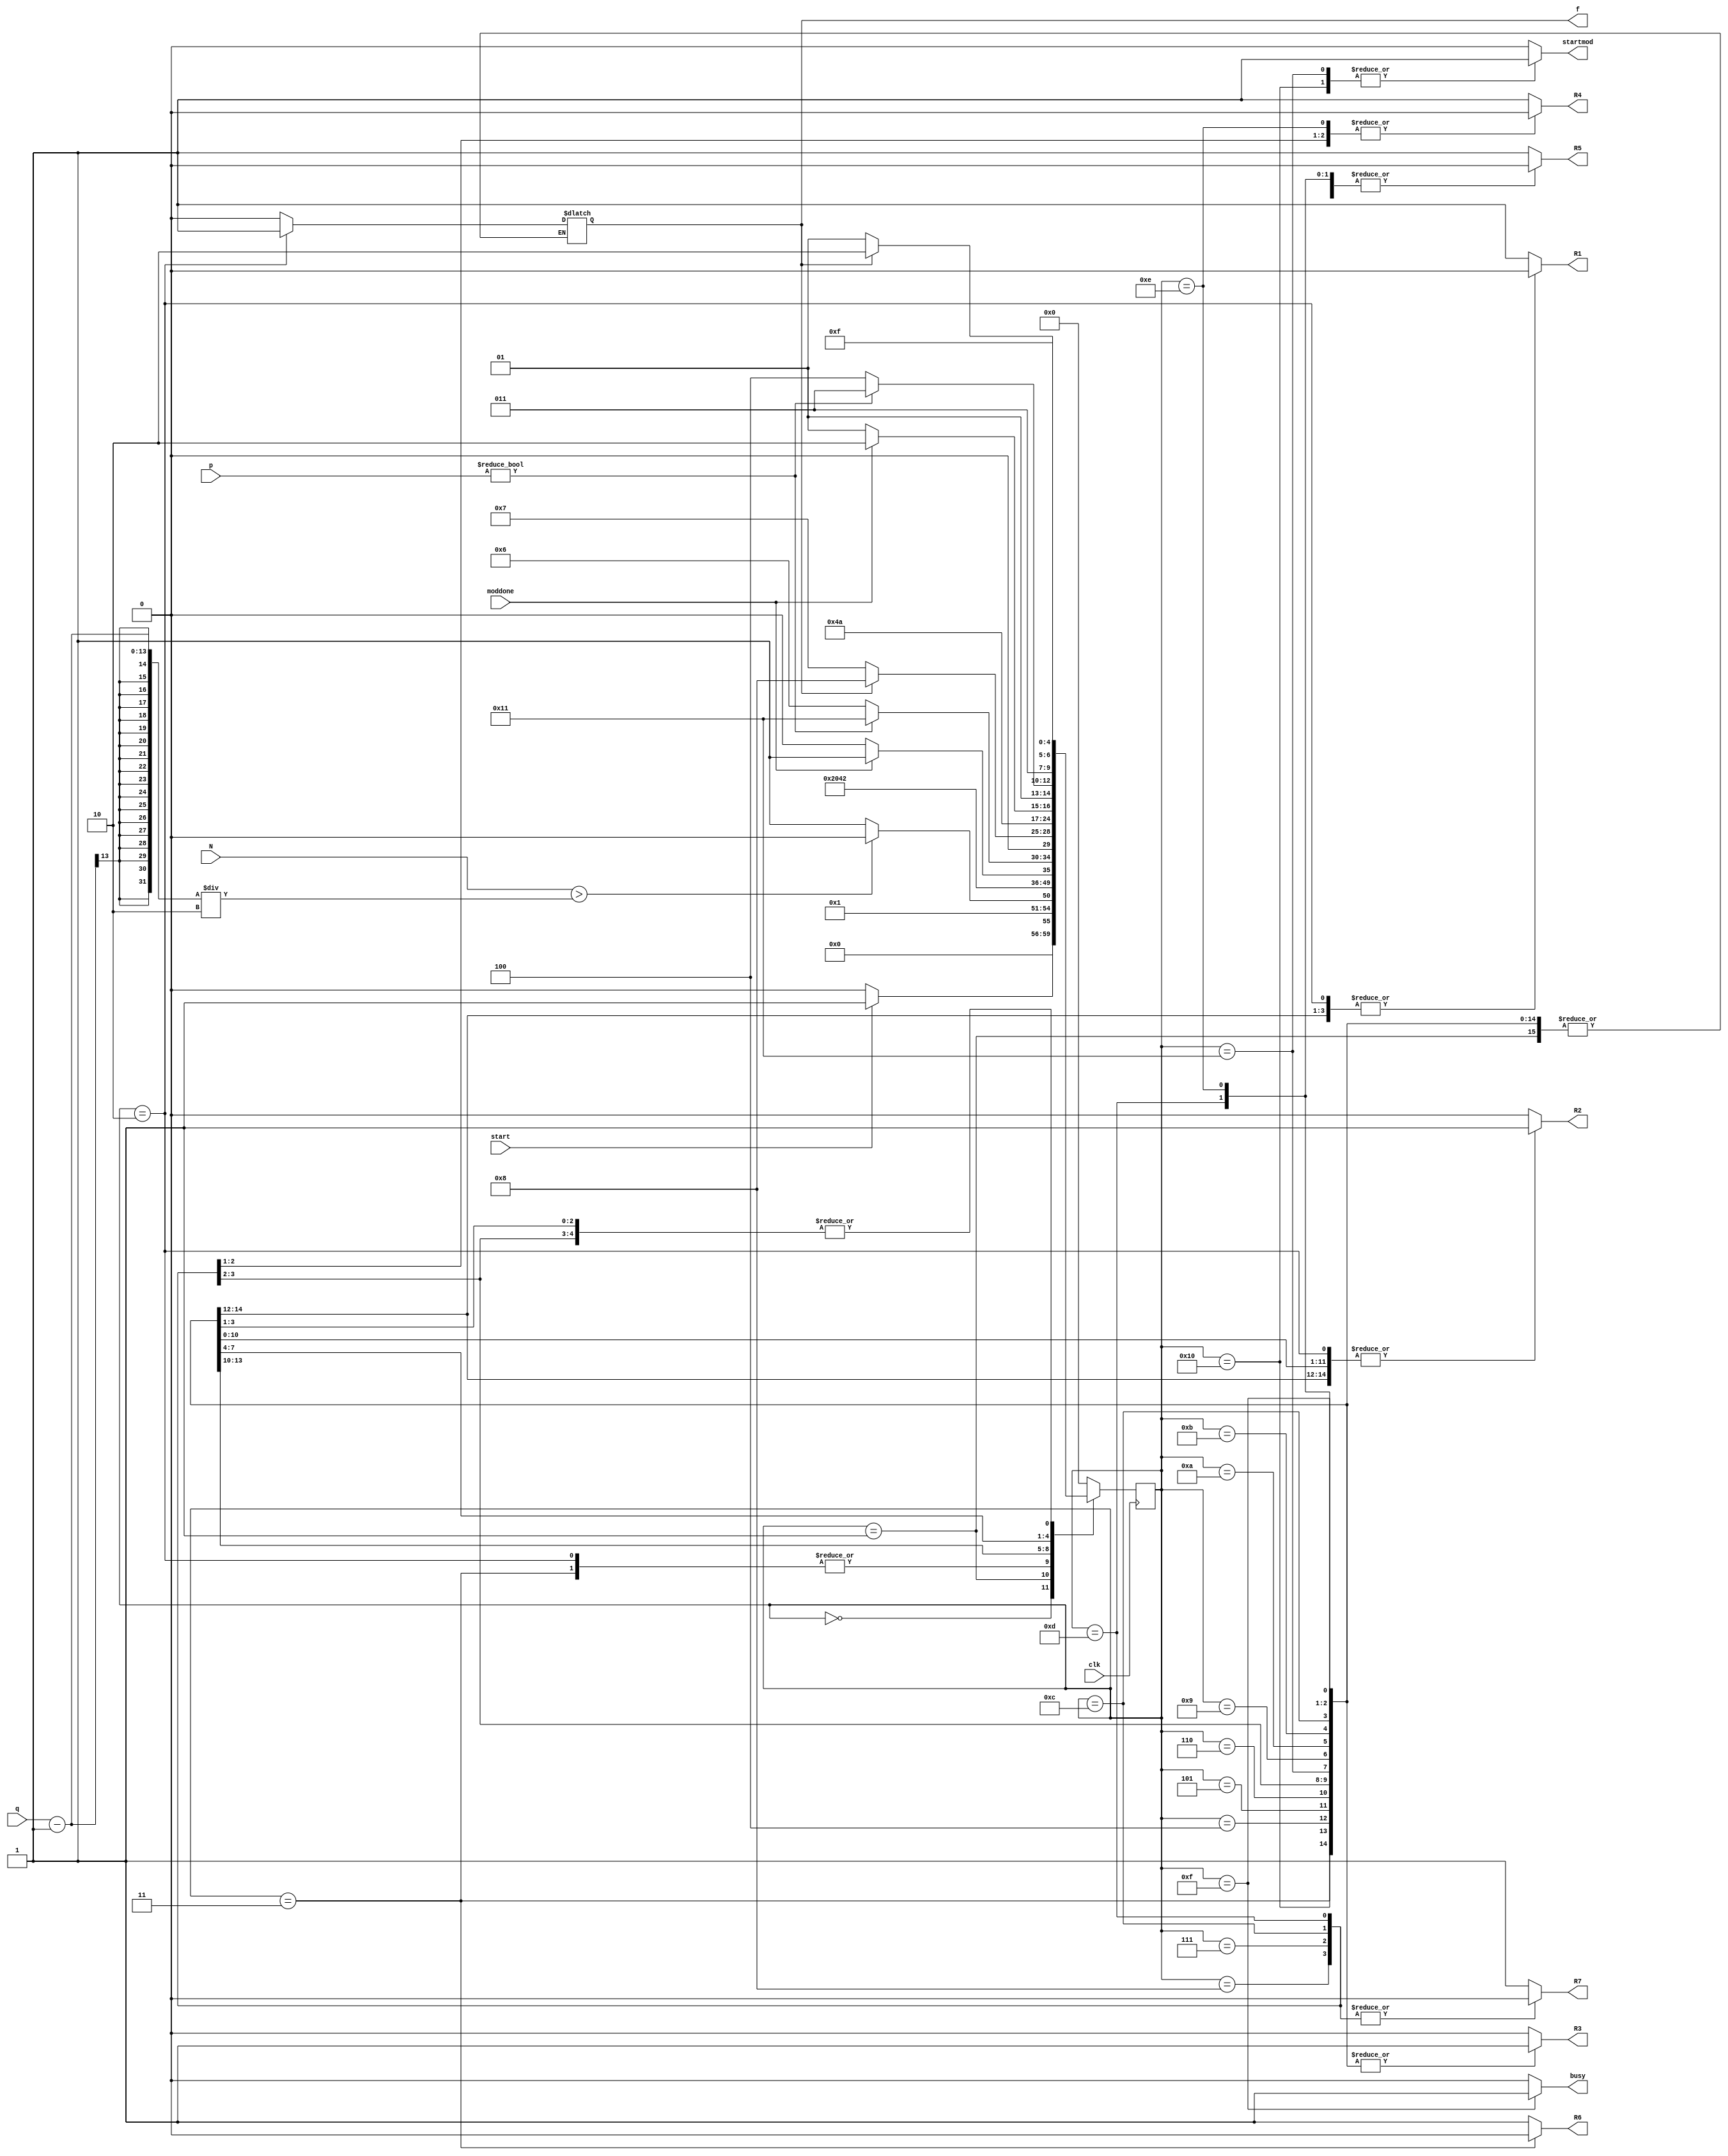
`timescale 1ns / 1ps
//////////////////////////////////////////////////////////////////////////////////
// Company: 
// Engineer: 
// 
// Design Name: 
// Module Name: Round_poly_FSM
// Project Name: 
// Target Devices: 
// Tool Versions: 
// Description: 
// 
// Dependencies: 
// 
// Revision:
// Revision 0.01 - File Created
// Additional Comments:
// 
//////////////////////////////////////////////////////////////////////////////////


module Round_poly_FSM(
    input clk,
    input start,
    input moddone,
    input [12:0] N,
    input [12:0]q,
    input [12:0] p,    
    output reg R1, R2, R3, R4, R5, R6,R7,f,
    output reg busy, startmod
    );
    
    parameter Inicio  = 5'b00000;
    parameter preg1 =5'b00001;
    parameter D1= 5'b00010;
    parameter D2= 5'b00011;
    parameter temp=5'b10000;
    parameter temp2=5'b10001;
    parameter mod1=5'b00100;
    parameter as1=5'b00101;
    parameter ch1 = 5'b00110;
    parameter sa1 = 5'b00111;
    parameter sa4 = 5'b01000;
    parameter mod2 = 5'b01001;
    parameter preg2 = 5'b01010;
    parameter ch2 = 5'b01011;
    parameter sa2 = 5'b01100;
    parameter sa3 = 5'b01101;
    parameter sa5 = 5'b01110;
    parameter salida = 5'b01111;


    reg [4:0] presente = Inicio; // Registro de Estado - Valor inicial
    reg [4:0] futuro;            // Entrada del registro de Estado

    // Registro de estado 
    always @(posedge clk)
        presente <= futuro;

    // Lgica del estado siguiente
    always @(presente, N, q, p, f,start, moddone)
        case (presente)
            Inicio :
                if(start)
                    futuro <= preg1;            
                else
                    futuro <= Inicio;
            preg1:
                if(N>(q-1)/2)
                    futuro <= D1;                  
                else
                    futuro <= D2;
            D1:
                futuro <= temp;
            D2:
                futuro<= temp;
            temp:
                futuro <=mod1;           
            mod1:
                if(moddone)
                    futuro <= as1;
                else
                    futuro <= mod1;               
            as1:
                if(p!=0)
                    futuro <= temp2;
                else
                    futuro <= ch1;
            ch1:
                if(f)
                    futuro <= sa4;
                else
                    futuro <= sa1;
            sa1:
                futuro <= salida;
            sa4:
                futuro <= salida;
            temp2:
                futuro <= mod2;
            mod2:
                if(moddone)
                    futuro <= preg2;             
                else
                    futuro <= mod2; 
            preg2:
                if(p!=0)
                    futuro <= ch2;              
                else
                    futuro <= sa2;
            ch2:
                if(f)
                    futuro <= sa5;
                else
                    futuro <= sa3;
            sa3:
                futuro <= salida;
            sa2:
                futuro <= salida;
            sa5:
                futuro <= salida;
            salida:
                futuro <= Inicio;
            default:
                futuro <= Inicio;
        endcase
    
    // Lgica de salida
    always @(presente)
        case (presente)
            Inicio : begin
                R1 <= 1'b1;
                R2 <= 1'b0;
                R3 <= 1'b0;
                R4 <= 1'b1;
                R5 <= 1'b1;
                R6 <= 1'b1;
                R7 <= 1'b1;
                busy <= 1'b0;
                f <= 1'b0;
                startmod <=1'b0; 
            end
            preg1 : begin
                R1 <= 1'b1;
                R2 <= 1'b0;
                R3 <= 1'b0;
                R4 <= 1'b1;
                R5 <= 1'b1;
                R6 <= 1'b1;
                R7 <= 1'b1;
                busy <= 1'b0;
                f <= f;
                startmod <=1'b0; 
            end
            D1: begin
                R1 <= 1'b0;
                R2 <= 1'b1;
                R3 <= 1'b0;
                R4 <= 1'b1;
                R5 <= 1'b1;
                R6 <= 1'b1;
                R7 <= 1'b1;
                busy <= 1'b0;
                f <= 1'b1;
                startmod <=1'b0; 
            end
            D2: begin
                R1 <= 1'b0;
                R2 <= 1'b1;
                R3 <= 1'b1;
                R4 <= 1'b1;
                R5 <= 1'b1;
                R6 <= 1'b0;
                R7 <= 1'b1;
                busy <= 1'b0;
                f <= f;
                startmod <=1'b0;
            end
            temp: begin
                R1 <= 1'b0;
                R2 <= 1'b1;
                R3 <= 1'b1;
                R4 <= 1'b1;
                R5 <= 1'b1;
                R6 <= 1'b1;
                R7 <= 1'b1;
                busy <= 1'b0;
                f <= f;
                startmod <=1'b1;
            end  
            mod1: begin
                R1 <= 1'b0;
                R2 <= 1'b1;
                R3 <= 1'b1;
                R4 <= 1'b1;
                R5 <= 1'b1;
                R6 <= 1'b1;
                R7 <= 1'b1;
                busy <= 1'b0;
                f <= f;
                startmod <=1'b0; 
            end
            as1: begin
                R1 <= 1'b1;
                R2 <= 1'b0;
                R3 <= 1'b1;
                R4 <= 1'b1;
                R5 <= 1'b1;
                R6 <= 1'b1;
                R7 <= 1'b1;
                busy <= 1'b0;
                f <= f;
                startmod <=1'b0; 
            end            
            ch1: begin
                R1 <= 1'b1;
                R2 <= 1'b1;
                R3 <= 1'b1;
                R4 <= 1'b1;
                R5 <= 1'b1;
                R6 <= 1'b1;
                R7 <= 1'b1;
                busy <= 1'b0;
                f <= f;
                startmod <=1'b0; 
            end
            sa4: begin
                R1 <= 1'b1;
                R2 <= 1'b1;
                R3 <= 1'b1;
                R4 <= 1'b1;
                R5 <= 1'b1;
                R6 <= 1'b1;
                R7 <= 1'b0;
                busy <= 1'b0;
                f <= f;
                startmod <=1'b0; 
            end
            sa1: begin
                R1 <= 1'b1;
                R2 <= 1'b1;
                R3 <= 1'b1;
                R4 <= 1'b0;
                R5 <= 1'b0;
                R6 <= 1'b1;
                R7 <= 1'b0;
                busy <= 1'b0;
                f <= f;
                startmod <=1'b0; 
            end
            temp2: begin
                R1 <= 1'b1;
                R2 <= 1'b1;
                R3 <= 1'b1;
                R4 <= 1'b1;
                R5 <= 1'b1;
                R6 <= 1'b1;
                R7 <= 1'b1;
                busy <= 1'b0;
                f <= f;
                startmod <=1'b1;
            end  
            mod2: begin
                R1 <= 1'b1;
                R2 <= 1'b1;
                R3 <= 1'b1;
                R4 <= 1'b1;
                R5 <= 1'b1;
                R6 <= 1'b1;
                R7 <= 1'b1;
                busy <= 1'b0;
                f <= f;
                startmod <=1'b0; 
            end
            preg2: begin
                R1 <= 1'b1;
                R2 <= 1'b1;
                R3 <= 1'b1;
                R4 <= 1'b1;
                R5 <= 1'b1;
                R6 <= 1'b1;
                R7 <= 1'b1;
                busy <= 1'b0;
                f <= f;
                startmod <=1'b0; 
            end
            ch2: begin
                R1 <= 1'b1;
                R2 <= 1'b1;
                R3 <= 1'b1;
                R4 <= 1'b1;
                R5 <= 1'b1;
                R6 <= 1'b1;
                R7 <= 1'b1;
                busy <= 1'b0;
                f <= f;
                startmod <=1'b0;  
            end
            sa2: begin
                R1 <= 1'b1;
                R2 <= 1'b1;
                R3 <= 1'b1;
                R4 <= 1'b0;
                R5 <= 1'b1;
                R6 <= 1'b1;
                R7 <= 1'b0;
                busy <= 1'b0;
                f <= f;
                startmod <=1'b0; 
            end
            sa3: begin
                R1 <= 1'b1;
                R2 <= 1'b1;
                R3 <= 1'b1;
                R4 <= 1'b1;
                R5 <= 1'b0;
                R6 <= 1'b1;
                R7 <= 1'b0;
                busy <= 1'b0;
                f <= f;
                startmod <=1'b0; 
            end
            sa5: begin
                R1 <= 1'b1;
                R2 <= 1'b1;
                R3 <= 1'b1;
                R4 <= 1'b0;
                R5 <= 1'b0;
                R6 <= 1'b1;
                R7 <= 1'b1;
                busy <= 1'b0;
                f <= f;
                startmod <=1'b0; 
            end 
            salida: begin
                R1 <= 1'b1;
                R2 <= 1'b1;
                R3 <= 1'b1;
                R4 <= 1'b1;
                R5 <= 1'b1;
                R6 <= 1'b1;
                R7 <= 1'b1;
                busy <= 1'b1;
                f <= f;
                startmod <=1'b0;
            end 
            default: begin
                R1 <= 1'b1;
                R2 <= 1'b0;
                R3 <= 1'b0;
                R4 <= 1'b1;
                R5 <= 1'b1;
                R6 <= 1'b1;
                R7 <= 1'b1;
                busy <= 1'b0;
                f <= 1'b0;
                startmod <=1'b0;
             end 
     endcase
endmodule